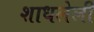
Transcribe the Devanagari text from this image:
शाधलेली